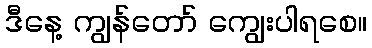
ဒီနေ့ ကျွန်တော် ကျွေးပါရစေ။